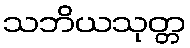
သဘိယသုတ္တ